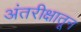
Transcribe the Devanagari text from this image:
अंतरीक्षातून